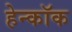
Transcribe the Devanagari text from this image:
हेन्कॉक